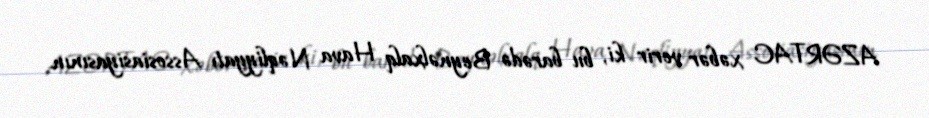
AZƏRTAC xəbər verir ki, bu barədə Beynəlxalq Hava Nəqliyyatı Assosiasiyasının